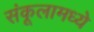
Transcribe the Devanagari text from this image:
संकूलामध्ये